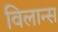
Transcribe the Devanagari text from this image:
विलान्स